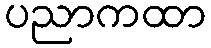
ပညာကထာ